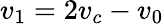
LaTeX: v_{1}=2v_{c}-v_{0}